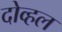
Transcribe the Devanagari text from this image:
दोव्हल